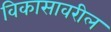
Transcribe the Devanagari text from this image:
विकासावरील